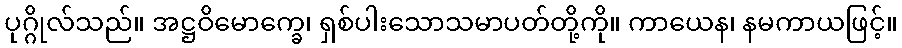
ပုဂ္ဂိုလ်သည်။ အဋ္ဌဝိမောက္ခေ၊ ရှစ်ပါးသောသမာပတ်တို့ကို။ ကာယေန၊ နမကာယဖြင့်။